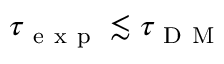
\tau _ { \mathrm { ~ e ~ x ~ p ~ } } \lesssim \tau _ { \mathrm { ~ D ~ M ~ } }